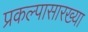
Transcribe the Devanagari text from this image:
प्रकल्पासारख्या